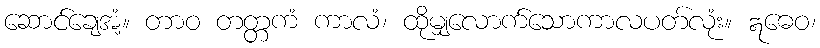
ဆောင်ချေအံ့။ တာဝ တတ္တကံ ကာလံ၊ ထိုမျှလောက်သောကာလပတ်လုံး။ ဣဓေဝ၊